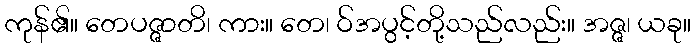
ကုန်၏။ တေပဇ္ဇာတိ၊ ကား။ တေ၊ ဝ်အပွင့်တို့သည်လည်း။ အဇ္ဇ၊ ယခု။